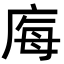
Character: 𭙝